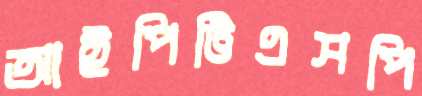
আইপিটিএসপি